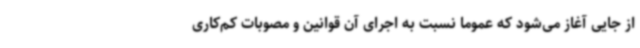
از جایی آغاز می‌شود که عموما نسبت به اجرای آن قوانین و مصوبات کم‌کاری